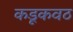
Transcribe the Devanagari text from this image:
कडूकवठ